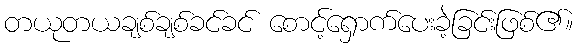
တယုတယချစ်ချစ်ခင်ခင် စောင့်ရှောက်ပေးခဲ့ခြင်းဖြစ်၏။